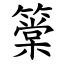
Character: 䉎